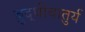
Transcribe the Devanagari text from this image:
बुद्धीचातुर्य